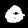
Label: 0